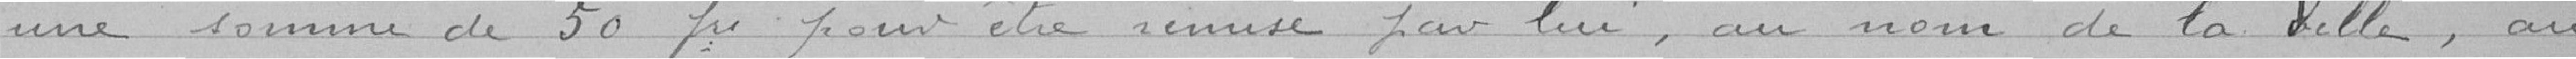
une somme de 50 francs pour être remise par lui, au nom de la Ville, au